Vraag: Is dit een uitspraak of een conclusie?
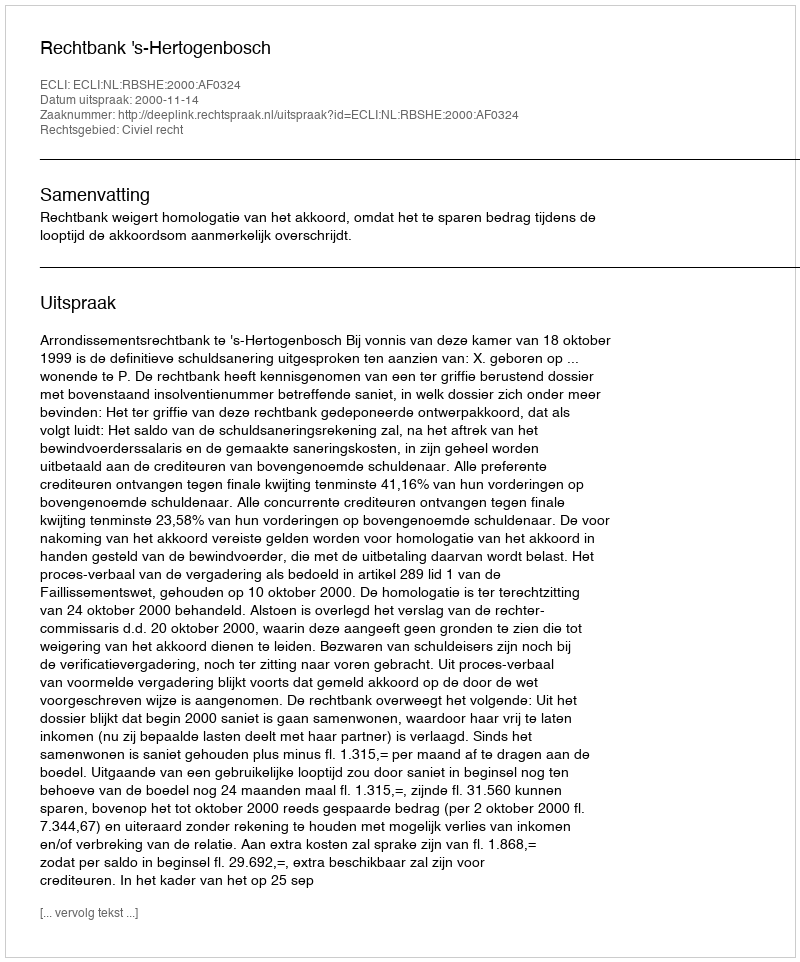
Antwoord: Uitspraak